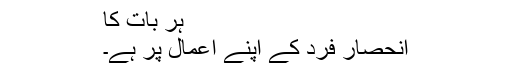
ہر بات کا
انحصار فرد کے اپنے اعمال پر ہے۔